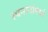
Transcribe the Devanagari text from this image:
रचनानांमध्ये